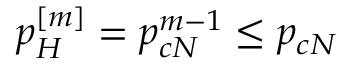
p _ { H } ^ { [ m ] } = p _ { c N } ^ { m - 1 } \leq p _ { c N }